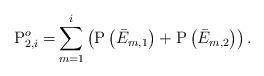
LaTeX: \begin{align*}\mathrm{P}_{2,i}^o=& \sum^{i}_{m=1} \left(\mathrm{P}\left( \bar{E}_{m,1} \right)+\mathrm{P}\left( \bar{E}_{m,2} \right)\right).\end{align*}